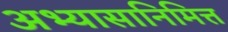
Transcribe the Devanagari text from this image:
अभ्यासानिमित्त